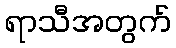
ရာသီအတွက်